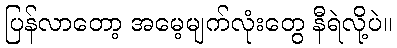
ပြန်လာတော့ အမေ့မျက်လုံးတွေ နီရဲလို့ပဲ။